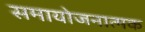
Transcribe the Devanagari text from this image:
समायोजनात्मक